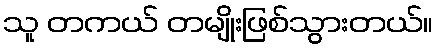
သူ တကယ် တမျိုးဖြစ်သွားတယ်။